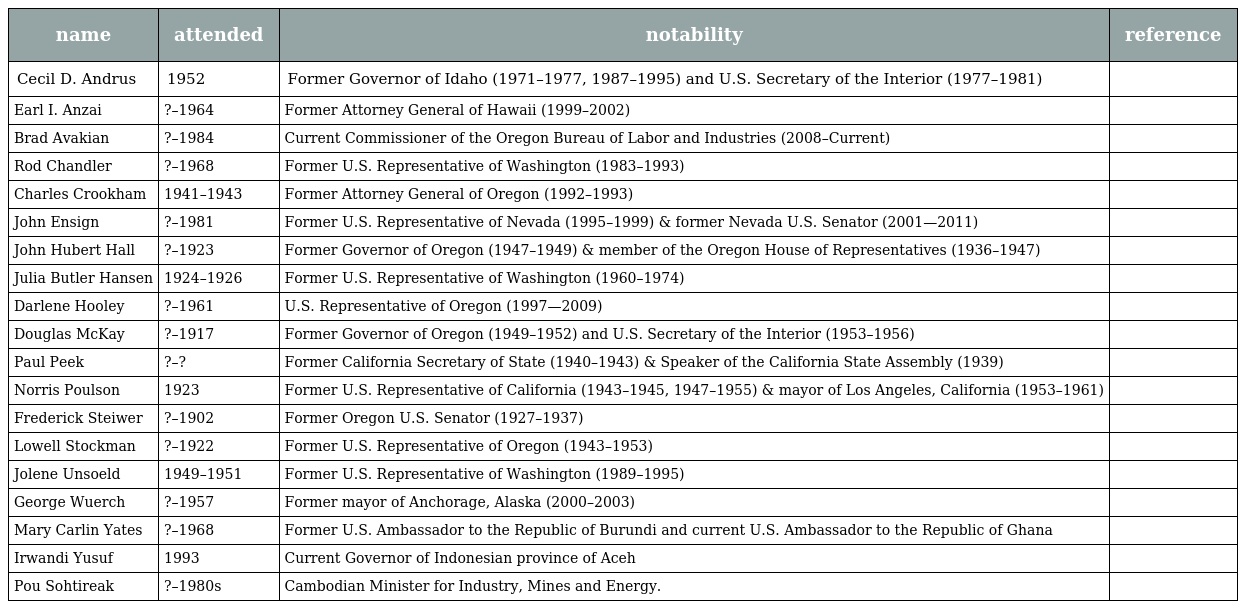
| name | attended | notability | reference |
 | --- | --- | --- | --- |
 | Cecil D. Andrus | 1952 | Former Governor of Idaho (1971–1977, 1987–1995) and U.S. Secretary of the Interior (1977–1981) |  |
 | Earl I. Anzai | ?–1964 | Former Attorney General of Hawaii (1999–2002) |  |
 | Brad Avakian | ?–1984 | Current Commissioner of the Oregon Bureau of Labor and Industries (2008–Current) |  |
 | Rod Chandler | ?–1968 | Former U.S. Representative of Washington (1983–1993) |  |
 | Charles Crookham | 1941–1943 | Former Attorney General of Oregon (1992–1993) |  |
 | John Ensign | ?–1981 | Former U.S. Representative of Nevada (1995–1999) & former Nevada U.S. Senator (2001—2011) |  |
 | John Hubert Hall | ?–1923 | Former Governor of Oregon (1947–1949) & member of the Oregon House of Representatives (1936–1947) |  |
 | Julia Butler Hansen | 1924–1926 | Former U.S. Representative of Washington (1960–1974) |  |
 | Darlene Hooley | ?–1961 | U.S. Representative of Oregon (1997—2009) |  |
 | Douglas McKay | ?–1917 | Former Governor of Oregon (1949–1952) and U.S. Secretary of the Interior (1953–1956) |  |
 | Paul Peek | ?–? | Former California Secretary of State (1940–1943) & Speaker of the California State Assembly (1939) |  |
 | Norris Poulson | 1923 | Former U.S. Representative of California (1943–1945, 1947–1955) & mayor of Los Angeles, California (1953–1961) |  |
 | Frederick Steiwer | ?–1902 | Former Oregon U.S. Senator (1927–1937) |  |
 | Lowell Stockman | ?–1922 | Former U.S. Representative of Oregon (1943–1953) |  |
 | Jolene Unsoeld | 1949–1951 | Former U.S. Representative of Washington (1989–1995) |  |
 | George Wuerch | ?–1957 | Former mayor of Anchorage, Alaska (2000–2003) |  |
 | Mary Carlin Yates | ?–1968 | Former U.S. Ambassador to the Republic of Burundi and current U.S. Ambassador to the Republic of Ghana |  |
 | Irwandi Yusuf | 1993 | Current Governor of Indonesian province of Aceh |  |
 | Pou Sohtireak | ?–1980s | Cambodian Minister for Industry, Mines and Energy. |  |